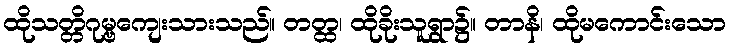
ထိုသတ္တိဂုမ္ဗကျေးသားသည်။ တတ္ထ၊ ထိုခိုးသူရွာ၌။ တာနိ၊ ထိုမကောင်းသော